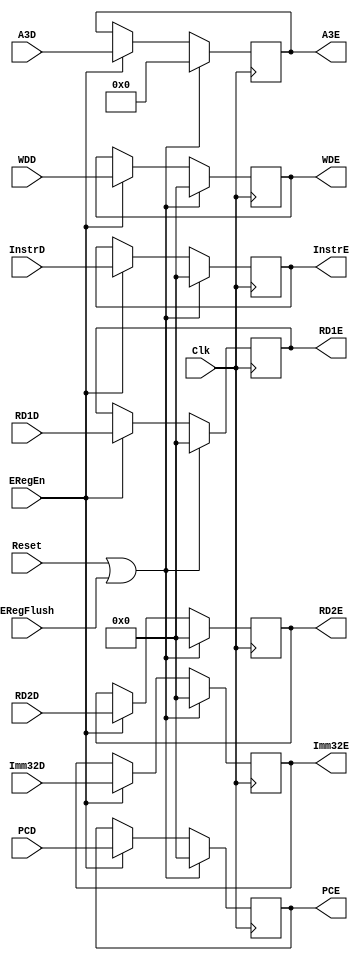
`timescale 1ns / 1ps
//////////////////////////////////////////////////////////////////////////////////
// Company: 
// Engineer: 
// 
// Design Name: 
// Module Name:    EReg 
// Project Name: 
// Target Devices: 
// Tool versions: 
// Description: 
//
// Dependencies: 
//
// Revision: 
// Revision 0.01 - File Created
// Additional Comments: 
//
//////////////////////////////////////////////////////////////////////////////////
module EReg(
	 input Clk,
	 input Reset,
	 input ERegEn,
	 input ERegFlush,
    input [31:0] InstrD,
    input [31:0] RD1D,
	 input [31:0] RD2D,
	 input [31:0] Imm32D,
	 input [4:0] A3D,
	 input [31:0] WDD,
	 input [31:0] PCD,
    output reg [31:0] InstrE,
    output reg [31:0] RD1E,
	 output reg [31:0] RD2E,
	 output reg [31:0] Imm32E,
	 output reg [4:0] A3E,
	 output reg [31:0] WDE,
	 output reg [31:0] PCE
    );

	always @ (posedge Clk) begin
		if (Reset || ERegFlush) begin
			InstrE <= 0;
			RD1E <= 0;
			RD2E <= 0;
			Imm32E <= 0;
			A3E <= 0;
			WDE <= 0;
			PCE <= 0;
		end
		else if (ERegEn) begin
			InstrE <= InstrD;
			RD1E <= RD1D;
			RD2E <= RD2D;
			Imm32E <= Imm32D;
			A3E <= A3D;
			WDE <= WDD;
			PCE <= PCD;
		end
	end

endmodule